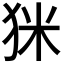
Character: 𤝸